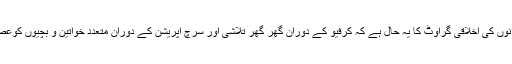
بھارتی فوجیوں اور سیاستدانوں کی اخلاقی گراوٹ کا یہ حال ہے کہ کرفیو کے دوران گھر گھر تلاشی اور سرچ آپریشن کے دوران متعدد خواتین و بچیوں کوعصمت دری کا نشانہ بنا ڈالا۔